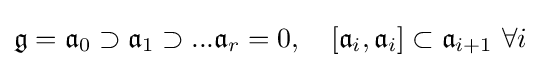
{\mathfrak {g}}={\mathfrak {a}}_{0}\supset {\mathfrak {a}}_{1}\supset ...{\mathfrak {a}}_{r}=0,\quad [{\mathfrak {a}}_{i},{\mathfrak {a}}_{i}]\subset {\mathfrak {a}}_{i+1}\,\,\forall i